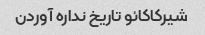
شیرکاکائو تاریخ نداره آوردن